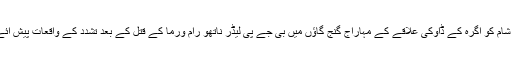
پیر کے شام کو اگرہ کے ڈاوکی علاقے کے مہاراج گنج گاؤں میں بی جے پی لیڈر ناتھو رام ورما کے قتل کے بعد تشدد کے واقعات پیش ائے تھے ۔